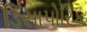
ડિસાપોરિક